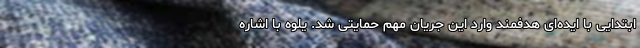
ابتدایی با ایده‌ای هدفمند وارد این جریان مهم حمایتی شد. یلوه با اشاره